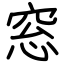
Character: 窓